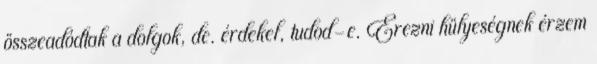
összeadódtak a dolgok, de. érdekel, tudod-e. Érezni hülyeségnek érzem